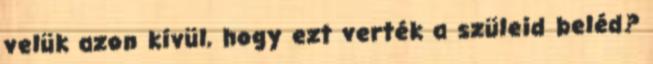
velük azon kívül, hogy ezt verték a szüleid beléd?